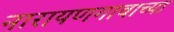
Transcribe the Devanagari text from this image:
नारायणगावाच्या